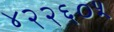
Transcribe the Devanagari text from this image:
४२२६०५